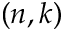
( n , k )